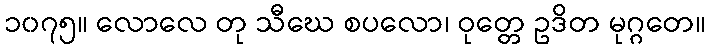
၁၀၇၅။ လောလေ တု သီဃေ စပလော၊ ဝုတ္တေ ဥဒိတ မုဂ္ဂတေ။